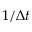
1 / \Delta t